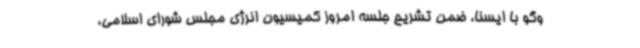
وگو با ایسنا، ضمن تشریح جلسه امروز کمیسیون انرژی مجلس شورای اسلامی،